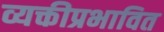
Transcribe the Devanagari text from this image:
व्यक्तीप्रभावित